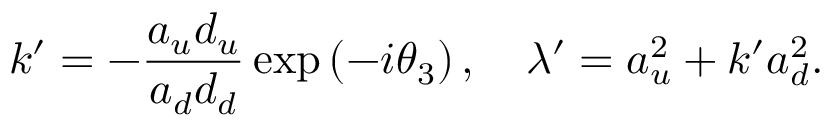
k ^ { \prime } = - \frac { a _ { u } d _ { u } } { a _ { d } d _ { d } } \exp \left( - i \theta _ { 3 } \right) , \mathrm { \quad } \lambda ^ { \prime } = a _ { u } ^ { 2 } + k ^ { \prime } a _ { d } ^ { 2 } .